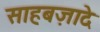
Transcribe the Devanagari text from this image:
साहबज़ादे